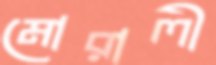
মোরালী